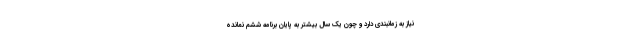
نیاز به زمانبندی دارد و چون یک سال بیشتر به پایان برنامه ششم نمانده